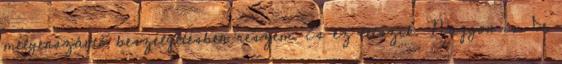
mélyenszántó beszélgetésben részem. És ez tetszik. Nagyon is. De